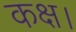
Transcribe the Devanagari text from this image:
कक्ष।